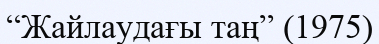
“Жайлаудағы таң” (1975)